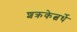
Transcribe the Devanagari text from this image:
शक्रकेत्वर्थे